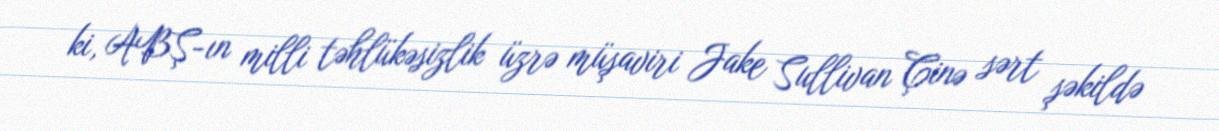
ki, ABŞ-ın milli təhlükəsizlik üzrə müşaviri Jake Sullivan Çinə sərt şəkildə